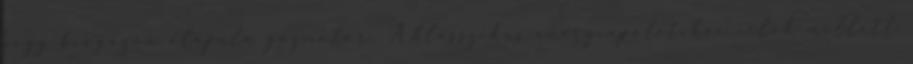
vagy biogázon alapuló gázmotor. A klasszikus energiapolitikai célok mellett